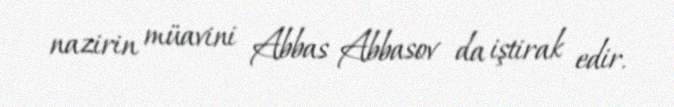
nazirin müavini Abbas Abbasov da iştirak edir.